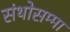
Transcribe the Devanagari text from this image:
संथोसम्मा